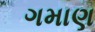
ગમાણ